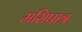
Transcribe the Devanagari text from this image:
मसिपात्र